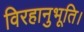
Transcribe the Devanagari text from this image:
विरहानुभूति।